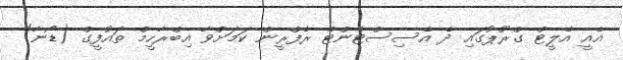
އެއީ އެލީޓް ގްރޫޕުގައި ދެ އެސިސްޓެންޓް ރެފްރީން ކަމަށްވާ އިބްރާހީމް ތައުފީގް (ޑޯނާ)